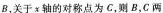
B，关于x轴的对称点为C，则B，C两